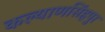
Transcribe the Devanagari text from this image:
कल्याणसिंहपुर